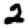
Digit: 2